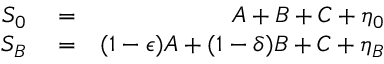
\begin{array} { r l r } { S _ { 0 } } & { { } = } & { A + B + C + \eta _ { 0 } } \\ { S _ { B } } & { { } = } & { ( 1 - \epsilon ) A + ( 1 - \delta ) B + C + \eta _ { B } } \end{array}